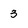
Character: 3